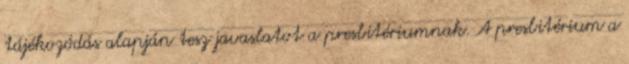
tájékozódás alapján tesz javaslatot a presbitériumnak. A presbitérium a